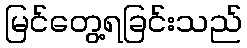
မြင်တွေ့ရခြင်းသည်